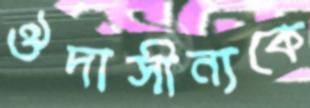
ঔদাসীন্যকে